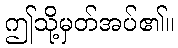
ဤသို့မှတ်အပ်၏။